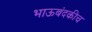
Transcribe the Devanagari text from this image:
भाऊबंदकीच